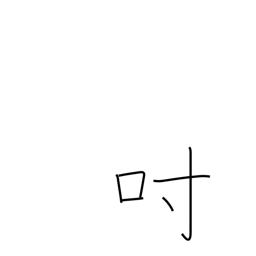
Meaning: inch